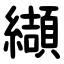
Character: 纈